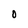
Character: O